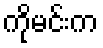
ကိုမင်းက